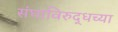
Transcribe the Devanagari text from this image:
संघाविरुद्धच्या